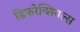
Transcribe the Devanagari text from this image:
डिफरेन्शियल्स